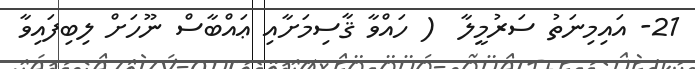
21- އައިމިނަތު ސަރުމީލާ  ( ހައްވާ ޤާސިމަށާއި ޢައްބާސް ނޫހަށް ލިބިފައިވާ